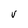
Character: v